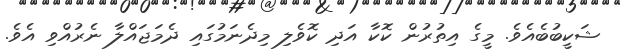
ޝަކީބުބެއެވެ. މީގެ އިތުރުން ކޮކާ އަދި ކޮވެލި މިދެނަމުގައި ދެމަޖައްލާ ނެރުއްވި އެވެ.